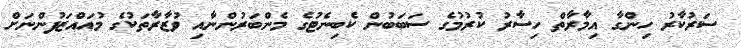
ސަރުކާރު ހިންގާ އިމާރާތް ހިސާރު ކުރުމުގެ ސަބަބުން ކެބިނެޓުގެ މެންބަރުންނާއި ވުޒާރާތަކުގެ މުއައްޒަފުންނަށް